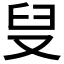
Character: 𪠨